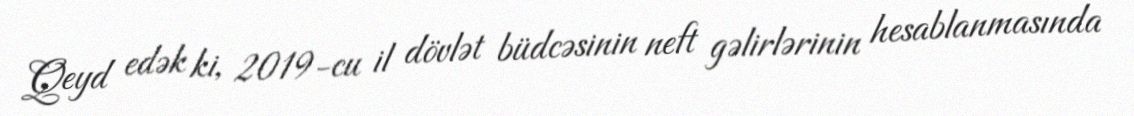
Qeyd edək ki, 2019-cu il dövlət büdcəsinin neft gəlirlərinin hesablanmasında